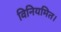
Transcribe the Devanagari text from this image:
विनियमित।